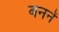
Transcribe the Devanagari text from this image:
बननें